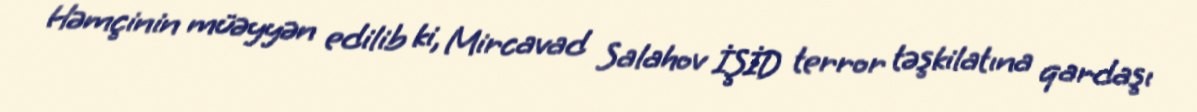
Həmçinin müəyyən edilib ki, Mircavad Salahov İŞİD terror təşkilatına qardaşı